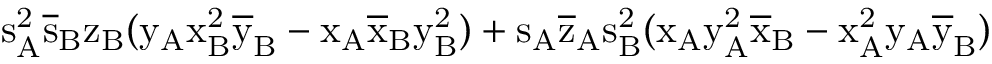
\mathrm { s _ { A } ^ { 2 } \mathrm { \overline { { s } } _ { B } \mathrm { z _ { B } ( \mathrm { y _ { A } \mathrm { x _ { B } ^ { 2 } \mathrm { \overline { { y } } _ { B } - \mathrm { x _ { A } \mathrm { \overline { { x } } _ { B } \mathrm { y _ { B } ^ { 2 } ) + \mathrm { s _ { A } \mathrm { \overline { { z } } _ { A } \mathrm { s _ { B } ^ { 2 } ( \mathrm { x _ { A } \mathrm { y _ { A } ^ { 2 } \mathrm { \overline { { x } } _ { B } - \mathrm { x _ { A } ^ { 2 } \mathrm { y _ { A } \mathrm { \overline { { y } } _ { B } ) } } } } } } } } } } } } } } } } } }